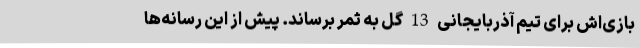
بازی‌اش برای تیم آذربایجانی 13 گل به ثمر برساند. پیش از این رسانه‌ها